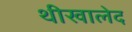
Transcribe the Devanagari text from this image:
थीखालेद